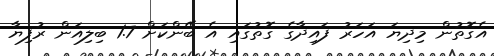
އެގޮތުން މިދިޔަ އަހަރު ފައިދާގެ ގޮތުގައި އެ ބޭންކަށް 1.7 ބިލިއަން ރުފިޔާ